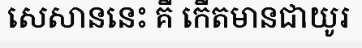
សេសាននេះ គឺ កើតមានជាយូរ